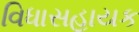
વિધાસહાયક